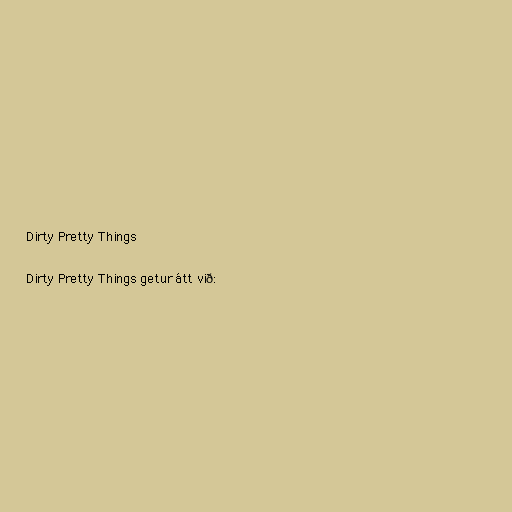
Dirty Pretty Things

Dirty Pretty Things getur átt við: